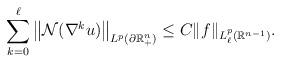
LaTeX: \begin{align*}\sum_{k=0}^\ell \big\|{\mathcal{N}}(\nabla^k u)\big\|_{L^p(\partial\mathbb{R}^{n}_+)}\leq C\|f\|_{L^p_\ell(\mathbb{R}^{n-1})}.\end{align*}